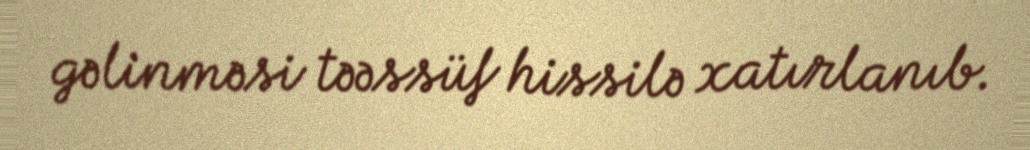
gəlinməsi təəssüf hissilə xatırlanıb.